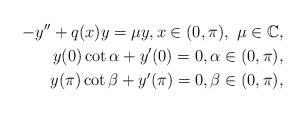
LaTeX: \begin{align*}-y''+q(x)y=\mu y,x\in (0, \pi),\ \mu\in \mathbb{C},\\y(0)\cot \alpha + y'(0) = 0,\alpha\in (0, \pi),\\y(\pi)\cot \beta + y'(\pi) = 0,\beta\in (0, \pi),\end{align*}